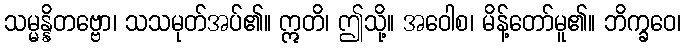
သမ္မန္နိတဗ္ဗော၊ သသမုတ်အပ်၏။ ဣတိ၊ ဤသို့။ အဝေါစ၊ မိန့်တော်မူ၏။ ဘိက္ခဝေ၊